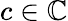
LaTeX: c\in\mathbb{C}